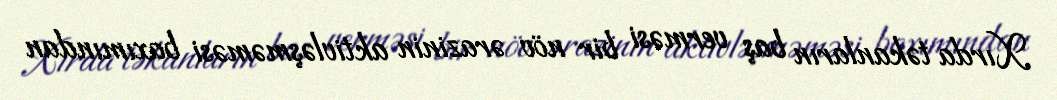
Xırda təkanların baş verməsi bir növ ərazinin aktivləşməməsi baxımından